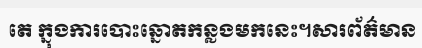
តេ ក្នុងការបោះឆ្នោតកន្លងមកនេះ។សារព័ត៌មាន